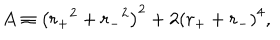
LaTeX: A \equiv \left( { r _ { + } } ^ { 2 } + { r _ { - } } ^ { 2 } \right) ^ { 2 } + 2 \left( r _ { + } + r _ { - } \right) ^ { 4 } ,